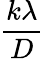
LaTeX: \displaystyle{\frac{k\lambda}{D}}